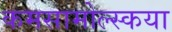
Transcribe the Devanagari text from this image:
कमसामोल्स्कया